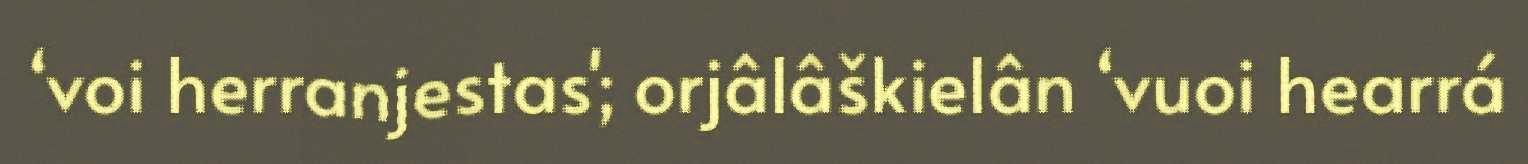
‘voi herranjestas'; orjâlâškielân ‘vuoi hearrá